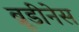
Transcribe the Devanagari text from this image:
ब्रूडीनेस